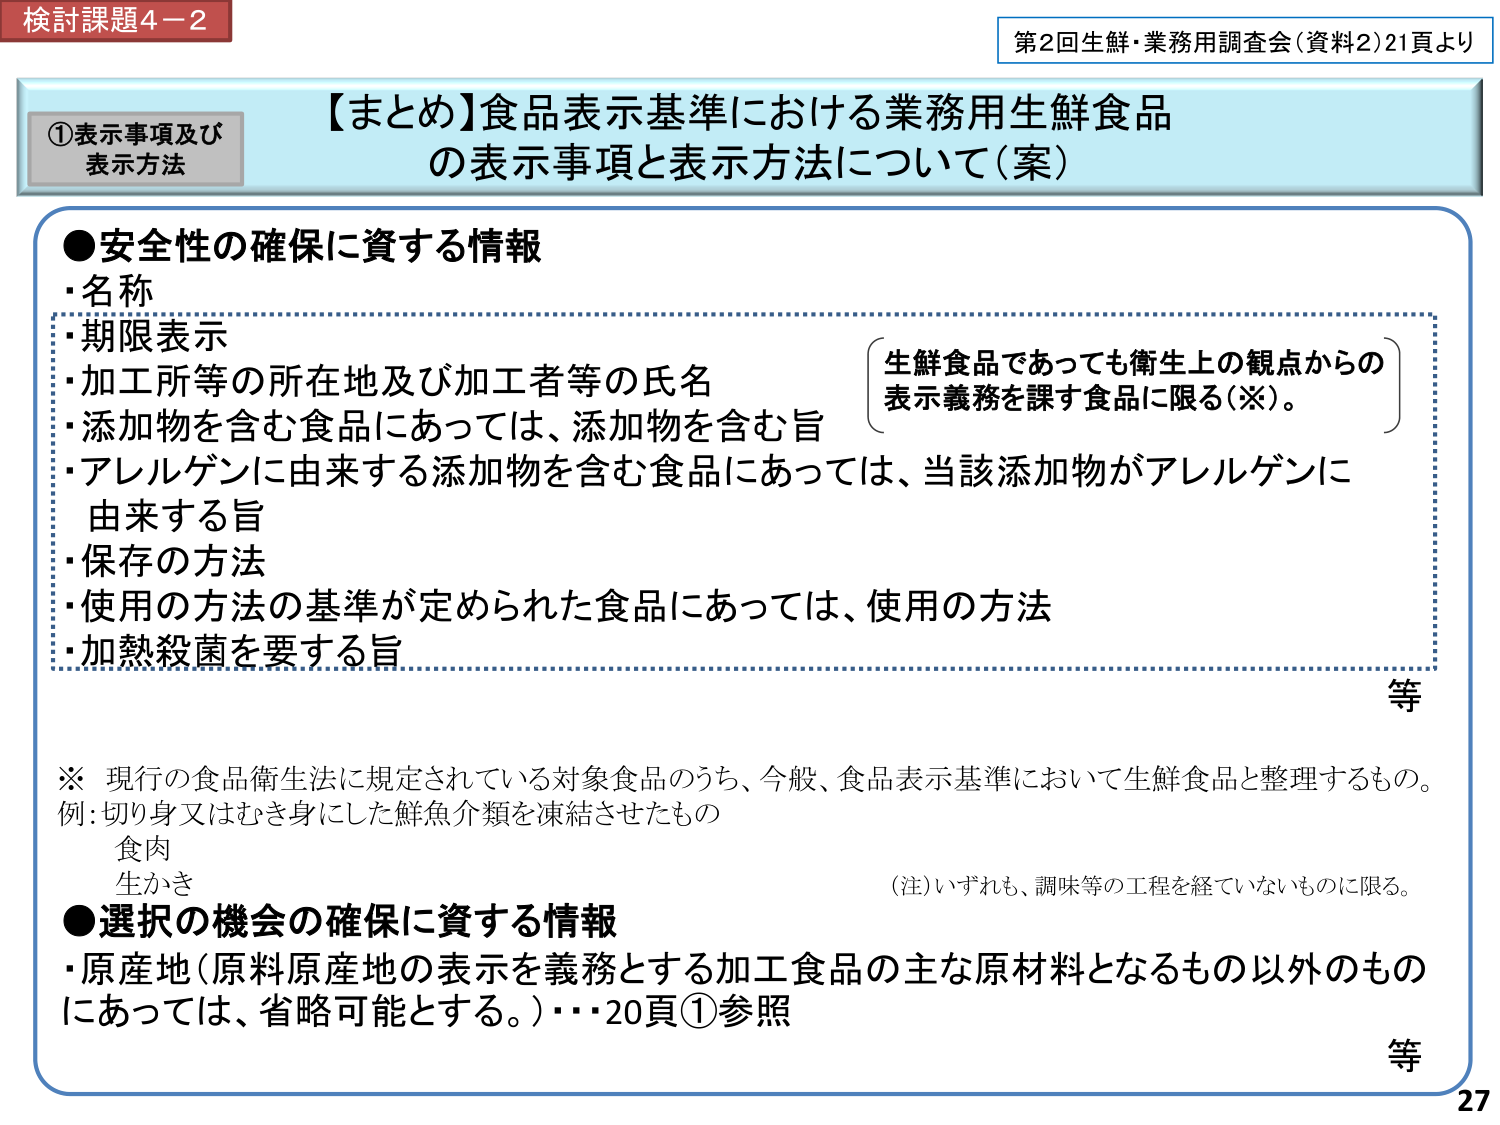
検討課題4－2
第2回生鮮・業務用調査会（資料2）21頁より

【まとめ】食品表示基準における業務用生鮮食品
の表示事項と表示方法について（案）

①表示事項及び
表示方法

●安全性の確保に資する情報
・名称
・期限表示
・加工所等の所在地及び加工者等の氏名
・添加物を含む食品にあっては、添加物を含む旨
・アレルゲンに由来する添加物を含む食品にあっては、当該添加物がアレルゲンに
由来する旨
・保存の方法
・使用の方法の基準が定められた食品にあっては、使用の方法
・加熱殺菌を要する旨

（生鮮食品であっても衛生上の観点からの
表示義務を課す食品に限る（※）。）

等

※ 現行の食品衛生法に規定されている対象食品のうち、今般、食品表示基準において生鮮食品と整理するもの。
例：切り身又はむき身にした鮮魚介類を凍結させたもの
　食肉
　生かき
（注）いずれも、調味等の工程を経ていないものに限る。

●選択の機会の確保に資する情報
・原産地（原料原産地の表示を義務とする加工食品の主な原材料となるもの以外のもの
にあっては、省略可能とする。）・・・20頁①参照

等

27